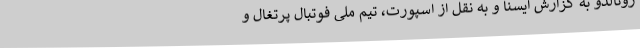
رونالدو به گزارش ایسنا و به نقل از اسپورت، تیم ملی فوتبال پرتغال و